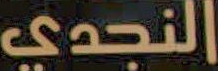
النجدي